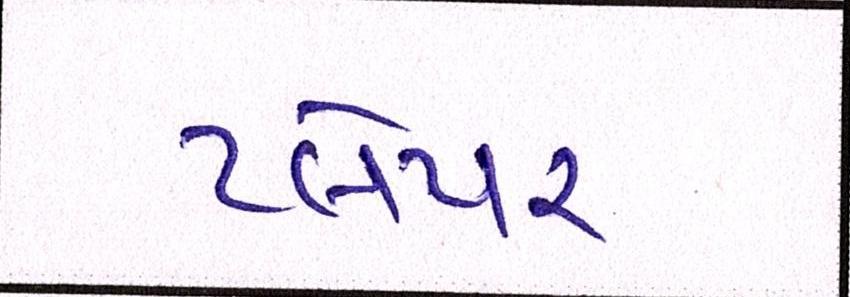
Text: પ્લેયર